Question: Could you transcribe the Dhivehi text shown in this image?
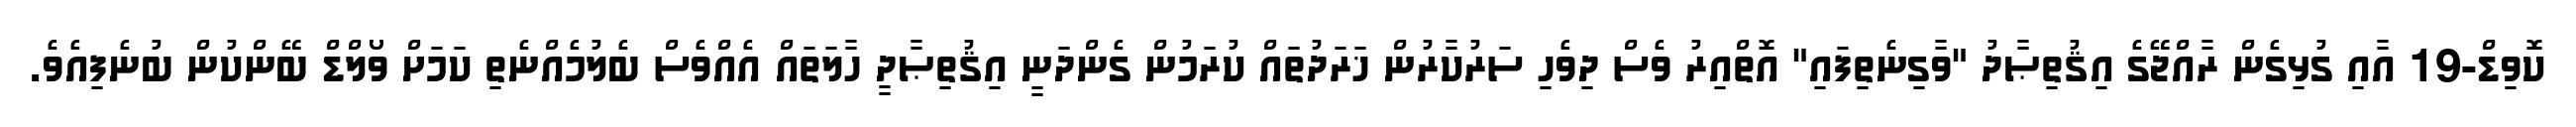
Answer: ކޮވިޑް-19 އާއި ގުޅިގެން ރާއްޖޭގެ އިޤުތިޞާދު "ވާގިނެތިފައި" އޮތްއިރު ވެސް ދިވެހި ސަރުކާރުން ޚަރަދުތައް ކުރަމުން ގެންދަނީ އިޤުތިޞާދީ ހާލަތައް އެއްވެސް ބެލުމެއްނެތި ކަމަށް ވޯލްޑް ބޭންކުން ބުނެފިއެވެ.